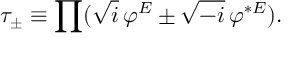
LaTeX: \tau _ { \pm } \equiv \prod ( \sqrt { i } \, \varphi ^ { E } \pm \sqrt { - i } \, \varphi ^ { * E } ) .